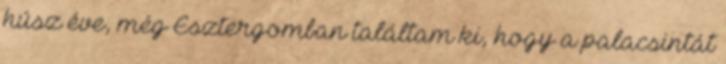
húsz éve, még Esztergomban találtam ki, hogy a palacsintát